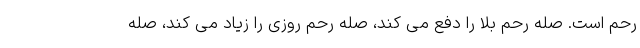
رحم است. صله رحم بلا را دفع می کند، صله رحم روزی را زیاد می کند، صله